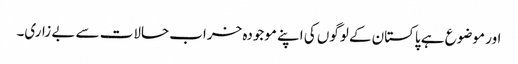
اور موضوع ہے پاکستان کے لوگوں کی اپنے موجودہ خراب حالات سے بے زاری۔